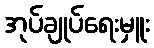
အုပ်ချုပ်ရေးမှူး